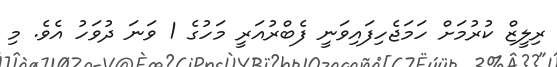
ރިލީޒް ކުރުމަށް ހަމަޖެހިފައިވަނީ ފެބްރުއަރީ މަހުގެ 1 ވަނަ ދުވަހު އެވެ. މި